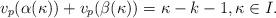
LaTeX: \begin{align*}v_p(\alpha (\kappa))+v_p(\beta (\kappa))=\kappa-k-1, \kappa \in I.\end{align*}